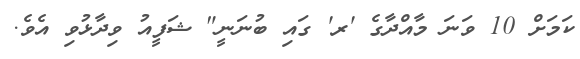
ކަމަށް 10 ވަނަ މާއްދާގެ 'ރ' ގައި ބުނަނީ" ޝަފީއު ވިދާޅުވި އެވެ.